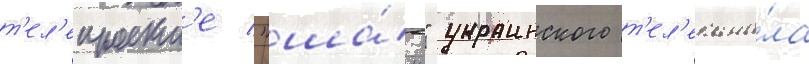
т'ел'епроект'е "ша́нс" украинского т'ел'екана́ла